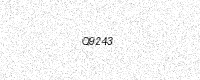
Text: Q9243